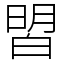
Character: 㿢